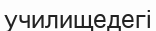
училищедегі